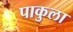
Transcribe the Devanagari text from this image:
पाकुला